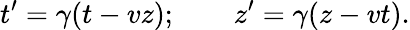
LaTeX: t^{\prime}=\gamma(t-vz);\qquad z^{\prime}=\gamma(z-vt).